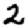
Digit: 2